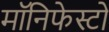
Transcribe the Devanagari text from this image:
मॉनिफेस्टो